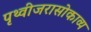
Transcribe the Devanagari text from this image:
पृथ्वीजरासोकाव्य